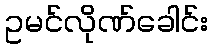
ဥမင်လိုဏ်ခေါင်း